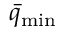
\bar { q } _ { \mathrm { m i n } }